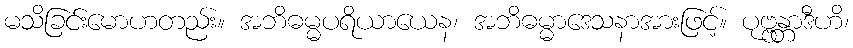
မသိခြင်းမောဟတည်း။ အဘိဓမ္မပရိယာယေန၊ အဘိဓမ္မာဒေသနာအားဖြင့်။ ပုဗ္ဗန္တာဒီဟိ၊